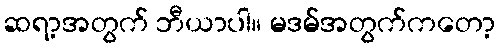
ဆရာ့အတွက် ဘီယာပါ။ မဒမ်အတွက်ကတော့